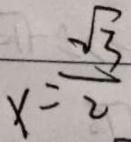
x = \frac { \sqrt { 3 } } { 2 }